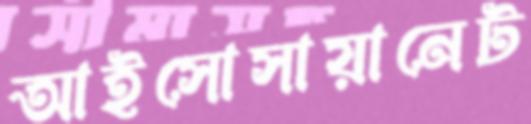
আইসোসায়ানেট